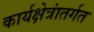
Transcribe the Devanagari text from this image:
कार्यक्षेत्रांतर्गत